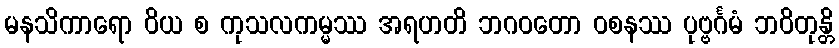
မနသိကာရော ဝိယ စ ကုသလကမ္မဿ အရဟတိ ဘဂဝတော ဝစနဿ ပုဗ္ဗင်္ဂမံ ဘဝိတုန္တိ